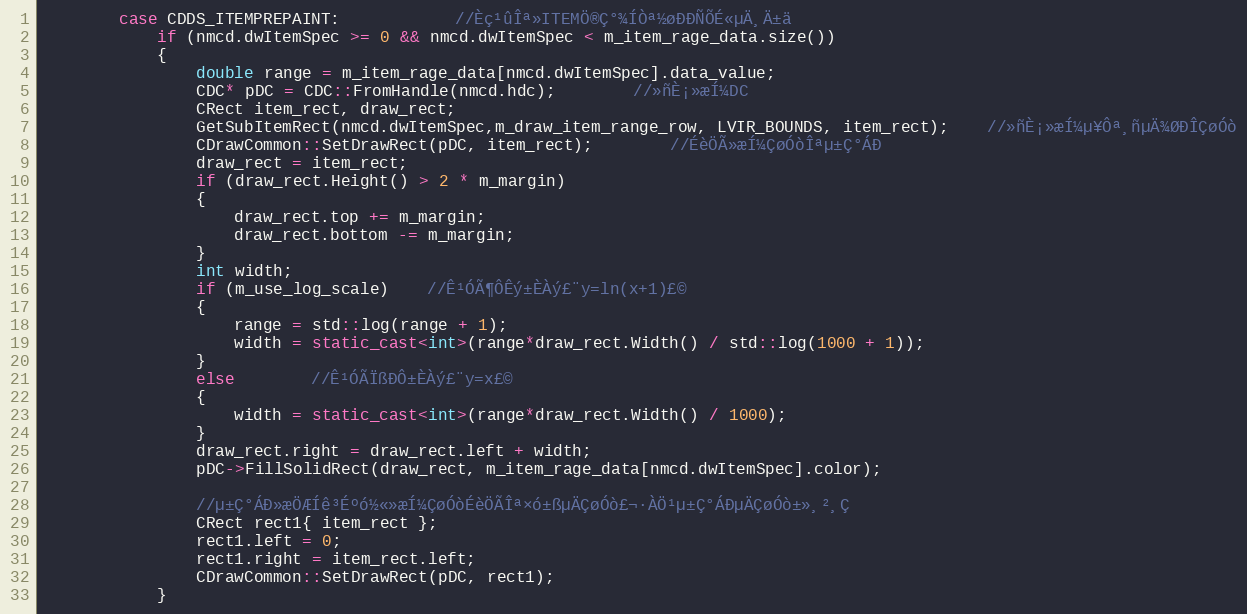
Language: C++
		case CDDS_ITEMPREPAINT:			//Èç¹ûÎª»­ITEMÖ®Ç°¾ÍÒª½øÐÐÑÕÉ«µÄ¸Ä±ä
			if (nmcd.dwItemSpec >= 0 && nmcd.dwItemSpec < m_item_rage_data.size())
			{
				double range = m_item_rage_data[nmcd.dwItemSpec].data_value;
				CDC* pDC = CDC::FromHandle(nmcd.hdc);		//»ñÈ¡»æÍ¼DC
				CRect item_rect, draw_rect;
				GetSubItemRect(nmcd.dwItemSpec,m_draw_item_range_row, LVIR_BOUNDS, item_rect);	//»ñÈ¡»æÍ¼µ¥Ôª¸ñµÄ¾ØÐÎÇøÓò
				CDrawCommon::SetDrawRect(pDC, item_rect);		//ÉèÖÃ»æÍ¼ÇøÓòÎªµ±Ç°ÁÐ
				draw_rect = item_rect;
				if (draw_rect.Height() > 2 * m_margin)
				{
					draw_rect.top += m_margin;
					draw_rect.bottom -= m_margin;
				}
				int width;
				if (m_use_log_scale)	//Ê¹ÓÃ¶ÔÊý±ÈÀý£¨y=ln(x+1)£©
				{
					range = std::log(range + 1);
					width = static_cast<int>(range*draw_rect.Width() / std::log(1000 + 1));
				}
				else		//Ê¹ÓÃÏßÐÔ±ÈÀý£¨y=x£©
				{
					width = static_cast<int>(range*draw_rect.Width() / 1000);
				}
				draw_rect.right = draw_rect.left + width;
				pDC->FillSolidRect(draw_rect, m_item_rage_data[nmcd.dwItemSpec].color);

				//µ±Ç°ÁÐ»æÖÆÍê³Éºó½«»æÍ¼ÇøÓòÉèÖÃÎª×ó±ßµÄÇøÓò£¬·ÀÖ¹µ±Ç°ÁÐµÄÇøÓò±»¸²¸Ç
				CRect rect1{ item_rect };
				rect1.left = 0;
				rect1.right = item_rect.left;
				CDrawCommon::SetDrawRect(pDC, rect1);
			}